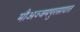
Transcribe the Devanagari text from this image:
मौअज्जमपुरसादात